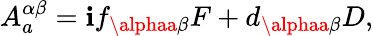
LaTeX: A_{a}^{\alpha\beta}=\mathbf{i}f_{\alphaa\beta}F+d_{\alphaa\beta}D,